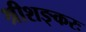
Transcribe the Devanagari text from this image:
श्रीशङ्करः